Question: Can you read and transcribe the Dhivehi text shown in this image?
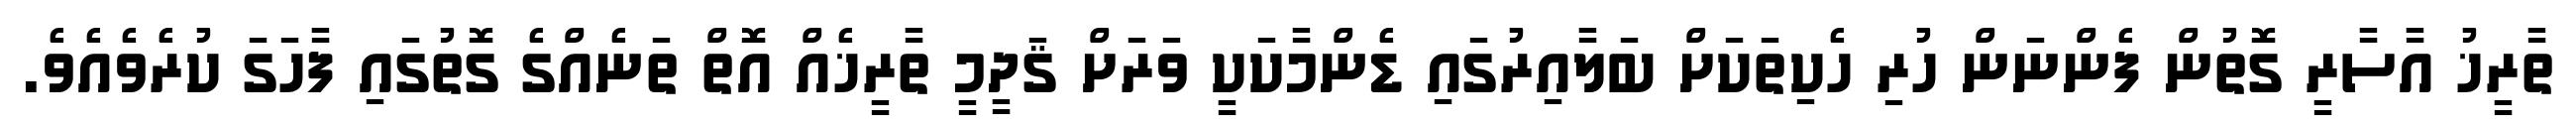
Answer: ތާރީޚު އާސާރީ ގޮތުން ފެންނަން ހުރި ހެކިތަކަށް ބަލާއިރުގައި ޑެންމާކަކީ ވަރަށް ޤަދީމީ ތާރީޚެއް އޮތް ތަނެއްގެ ގޮތުގައި ފާހަގަ ކުރެވެއެވެ.